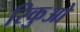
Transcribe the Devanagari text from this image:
रिकुओ